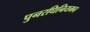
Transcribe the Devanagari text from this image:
पुनरधिनियमन